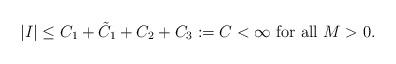
LaTeX: \begin{align*}|I|\leq C_1+\tilde C_1+C_2+C_3:=C<\infty \mbox{ for all } M>0.\end{align*}